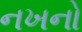
નખનો